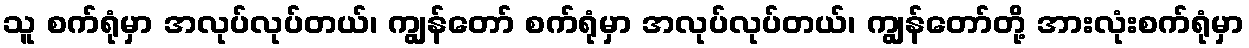
သူ စက်ရုံမှာ အလုပ်လုပ်တယ်၊ ကျွန်တော် စက်ရုံမှာ အလုပ်လုပ်တယ်၊ ကျွန်တော်တို့ အားလုံးစက်ရုံမှာ